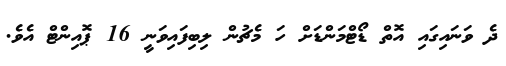
ދެ ވަނައިގައި އޮތް ޑޯޓްމަންޑަށް ހަ މެޗުން ލިބިފައިވަނީ 16 ޕޮއިންޓް އެވެ.